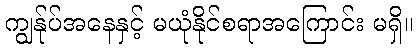
ကျွန်ုပ်အနေနှင့် မယုံနိုင်စရာအကြောင်း မရှိ။